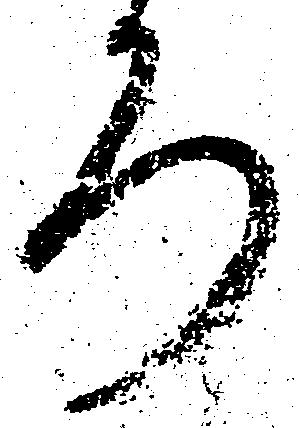
ろ